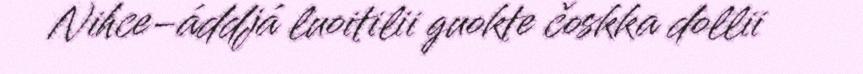
Nihce-áddjá luoitilii guokte čoskka dollii